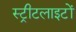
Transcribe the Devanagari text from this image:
स्‍ट्रीटलाइटों